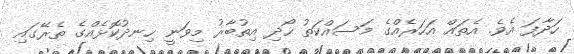
ހަދާފަ އެވެ. އެތައް އަހަރެއްގެ މަސައްކަތު ހޯދި އިތުބާރު މިވަނީ ހިނދުކޮޅެއްގެ ތެރޭގައި